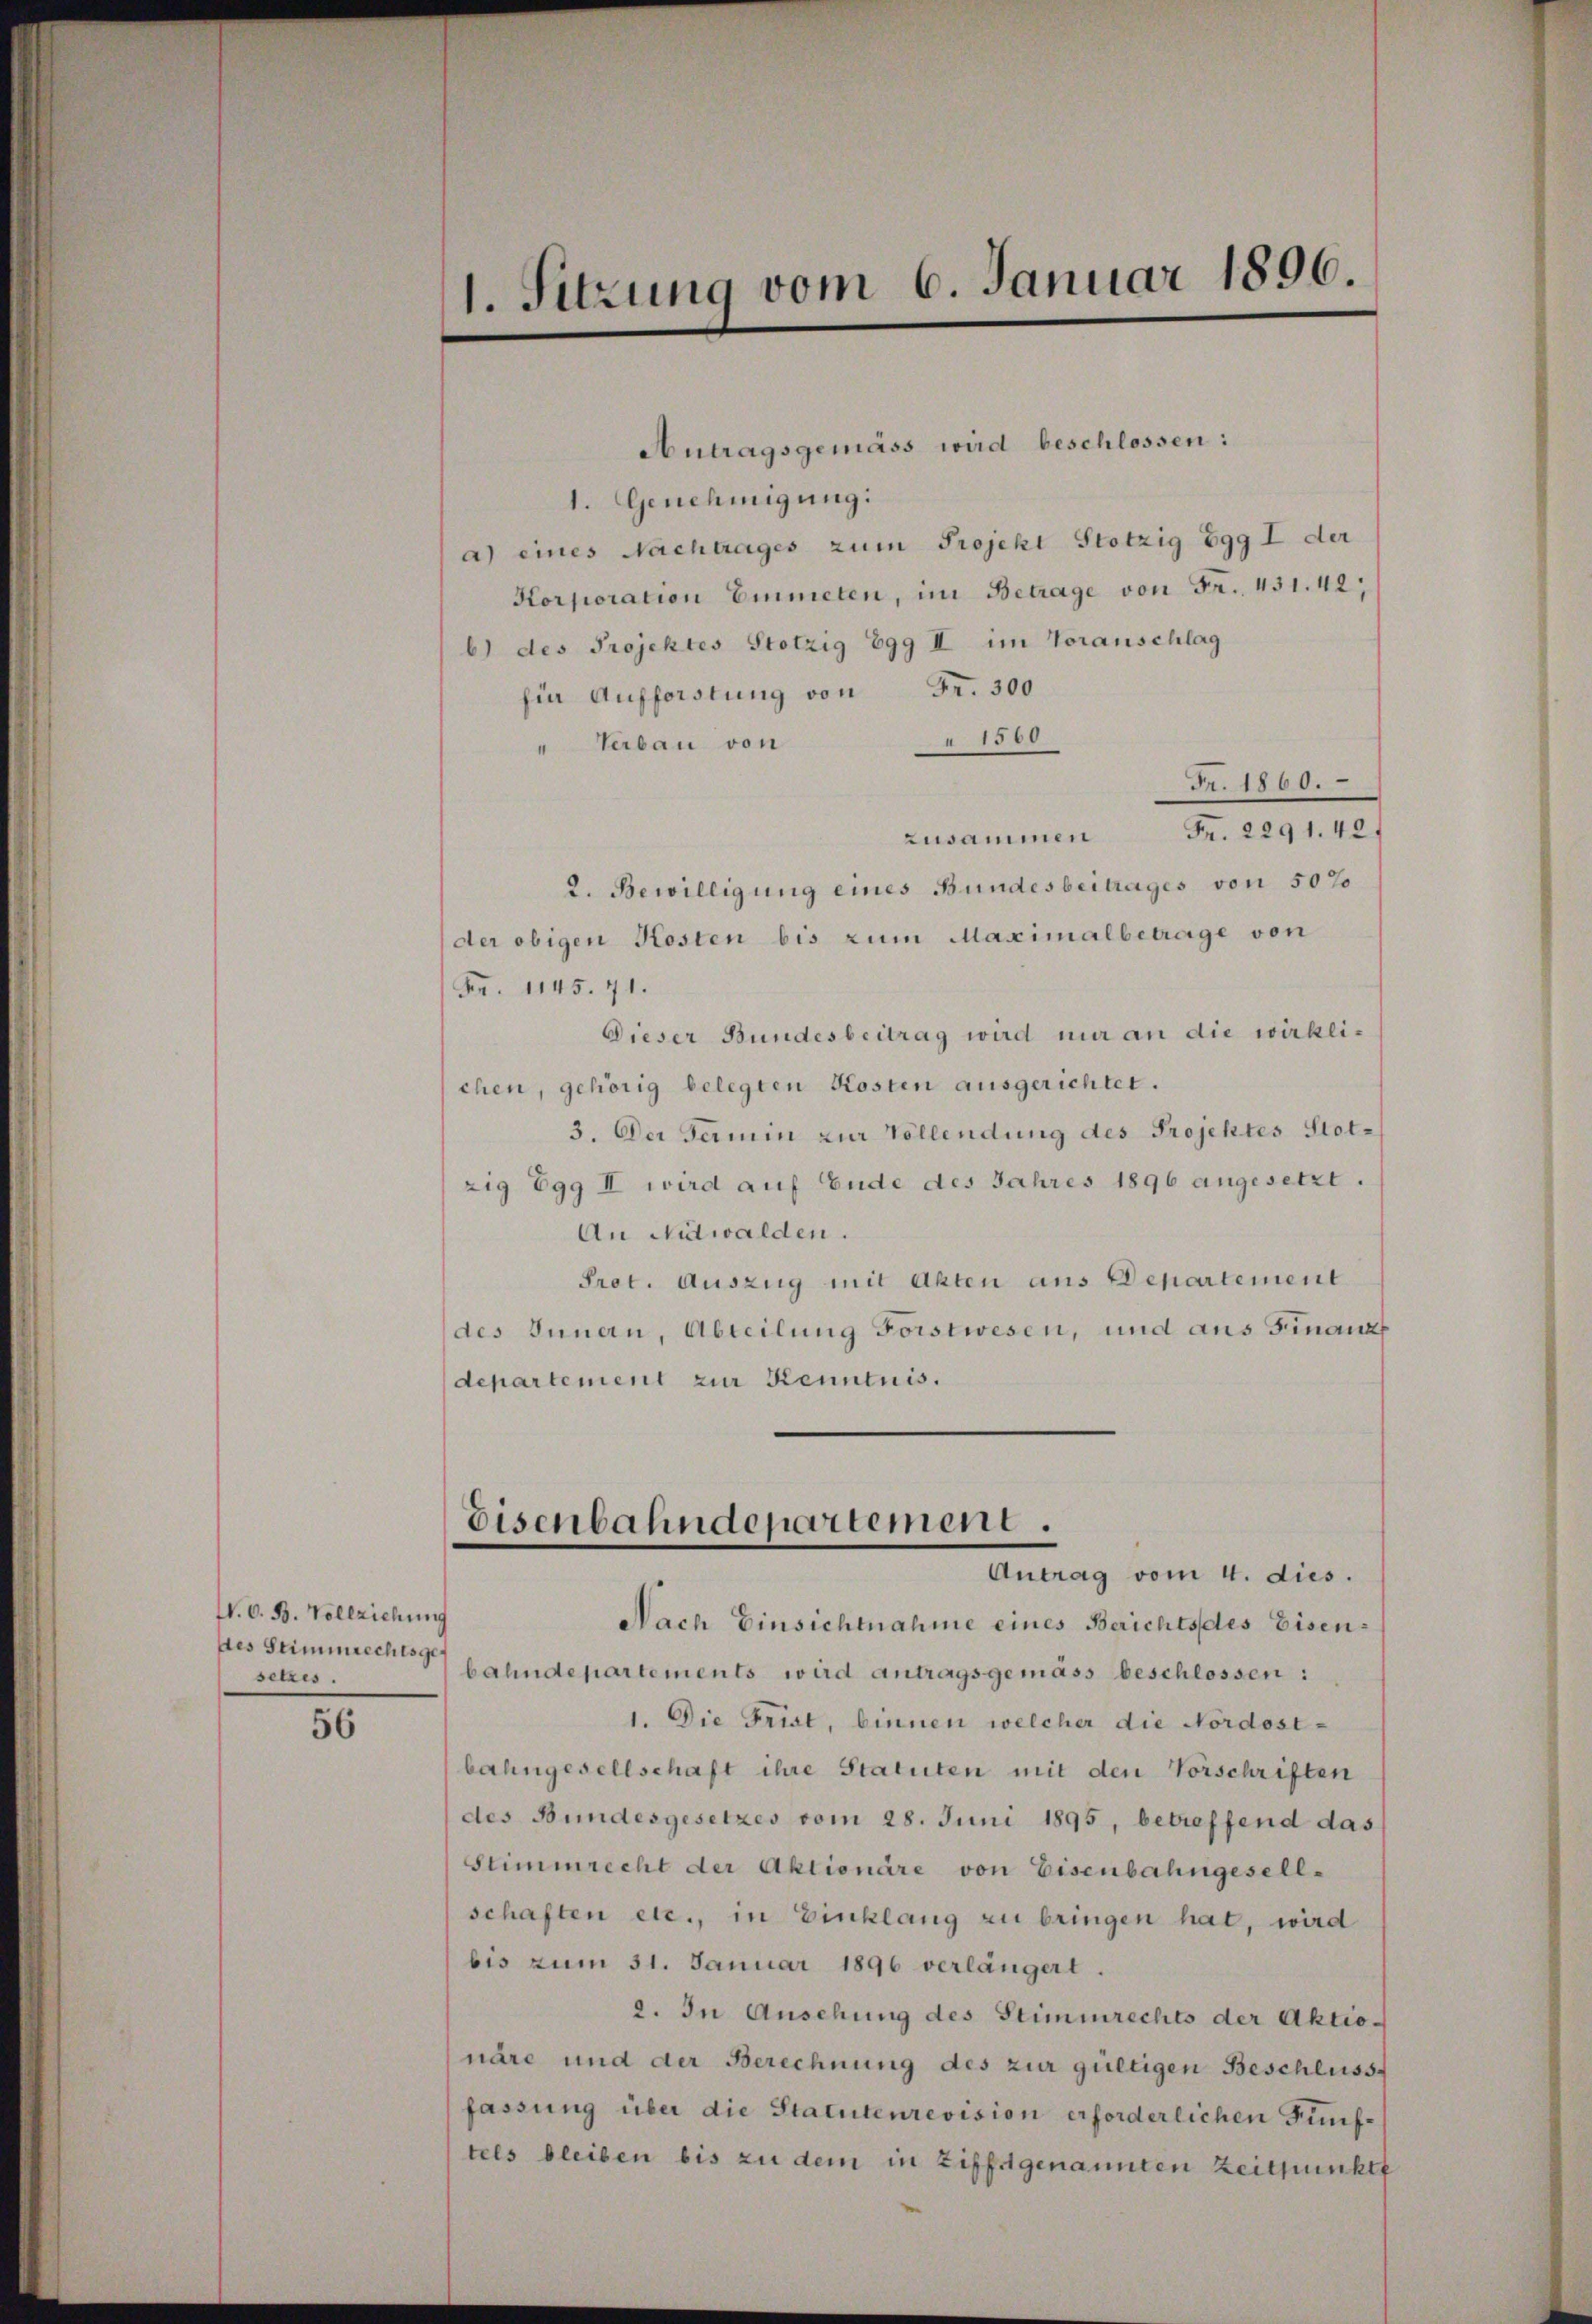
N. O. B. Vollziehung
des Stimmrechtsgef
setzes.

56

1. Sitzung vom 6. Januar 1896.

Antragsgemäss wird beschlossen:
1. Genehmigung:
a) eines Nachtrages zum Projekt Stotzig Egg I der
Korporation Einmeten, im Betrage von Fr. 431. 42
b) des Projektes Stotzig 899 II im Voranschlag
für Aufforstung von Fr. 300
a 1500
" Verbau von
Fr. 1860.
zusammen Fr. 2291. 40.
2. Bewilligung eines Bundesbeitrages von 50%
der obigen Kosten bis zum Maximalbetrage von
Fr. 1145. 71.
Dieser Bundesbeitrag wird mir an die wirkli-
chen, gehörig belegten Kosten ausgerichtet.
3. Der Termin zur Vollendung des Projektes Stotzig Egg II wird auf Ende des Jahres 1896 angesetzt.
An Nidwalden.
Prot. Auszug mit Akten aus Departement
des Innern, Abteilung Forstwesen, und aus Finanz
departement zur Kenntnis.

Eisenbahndepartement.
Antrag vom 4. dies.

Nach Einsichtnahme eines Berichtsdes Eisenbahndepartements wird antragsgemäss beschlossen:
1. Die Frist, binnen welcher die Nordostbahngesellschaft ihre Statuten mit den Vorschriften
des Bundesgesetzes vom 28. Juni 1895, betreffend das
Stimmrecht der Aktionäre von Eisenbahngesell-
schaften etc., in Einklang zu bringen hat, wird
bis zum 31. Januar 1896 verlängert.
2. In Ansehung des Stimmrechts der Aktionäre und der Berechnung des zur gültigen Beschluss-
fassung über die Statutenrevision erforderlichen Fünftels bleiben bis zu dem in Ziffstgenannten Zeitpunkt